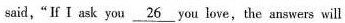
said,"If I ask you \underline {26} you love,the answers will